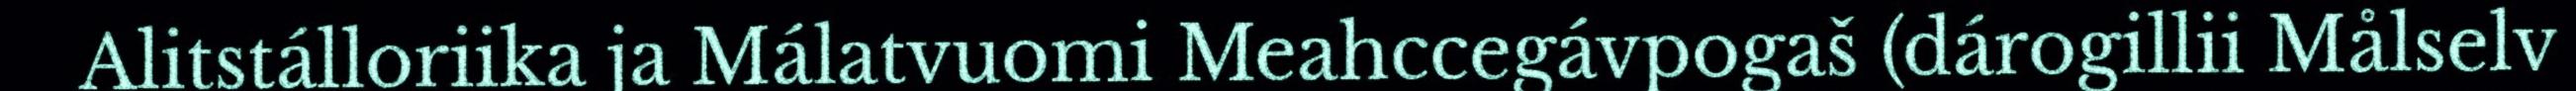
Alitstálloriika ja Málatvuomi Meahccegávpogaš (dárogillii Målselv